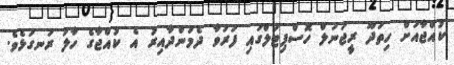
ކުއްޖާއަށް ހިތަދޫ ރީޖަނަލް ހޮސްޕިޓަލްގައި ފަރުވާ ދެމުންދާއިރު އެ ކުއްޖާގެ ހާލު ރަނގަޅެވެ.